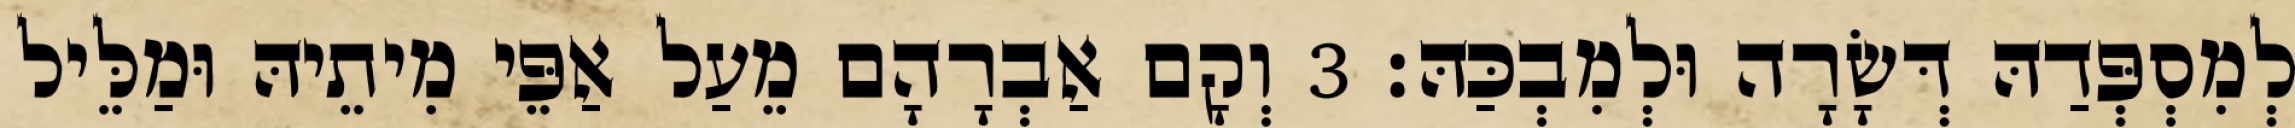
לְמִסְפְּדַהּ דְּשָׂרָה וּלְמִבְכַּהּ׃ 3 וְקָם אַבְרָהָם מֵעַל אַפֵּי מִיתֵיהּ וּמַלֵּיל